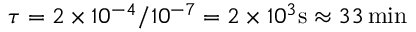
\tau = 2 \times 1 0 ^ { - 4 } / 1 0 ^ { - 7 } = 2 \times 1 0 ^ { 3 } \mathrm { s } \approx 3 3 \, \mathrm { m i n }